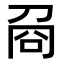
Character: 𠱛